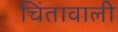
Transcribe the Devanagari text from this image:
चिंतावाली